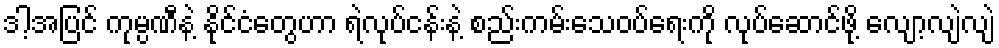
ဒါ့အပြင် ကုမ္ပဏီနဲ့ နိုင်ငံတွေဟာ ရဲလုပ်ငန်းနဲ့ စည်းကမ်းသေဝပ်ရေးကို လုပ်ဆောင်ဖို့ လျော့လျဲလျဲ